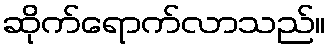
ဆိုက်ရောက်လာသည်။